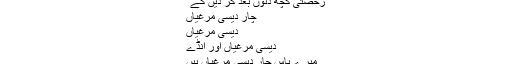
رخصتی کچھ دنوں بعد کر دیں گے”
چار دیسی مرغیاں
دیسی مرغیاں
دیسی مرغیاں اور انڈے
میرے پاس چار دیسی مرغیاں ہیں